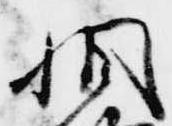
相